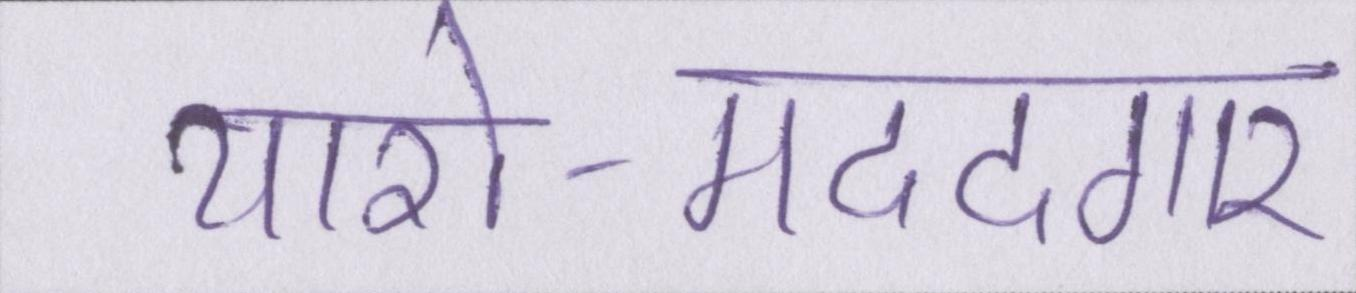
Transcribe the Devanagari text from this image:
यारो-मददगार